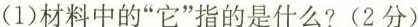
(1)材料中的”它”指的是什么?(2分)